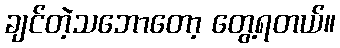
ချင်တဲ့သဘောတော့ တွေ့ရတယ်။